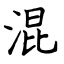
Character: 混